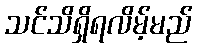
သင်သိရှိရလိမ့်မည်